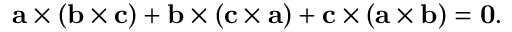
\mathbf { a } \times ( \mathbf { b } \times \mathbf { c } ) + \mathbf { b } \times ( \mathbf { c } \times \mathbf { a } ) + \mathbf { c } \times ( \mathbf { a } \times \mathbf { b } ) = \mathbf { 0 } .